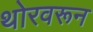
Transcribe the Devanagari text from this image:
थोरवरून